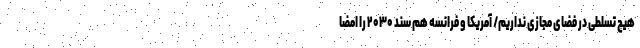
هیچ تسلطی در فضای مجازی نداریم/ آمریکا و فرانسه هم سند ۲۰۳۰ را امضا